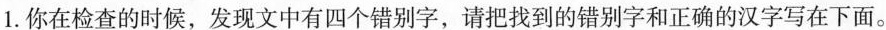
1.你在检查的时候，发现文中有四个错别字，请把找到的错别字和正确的汉字写在下面。